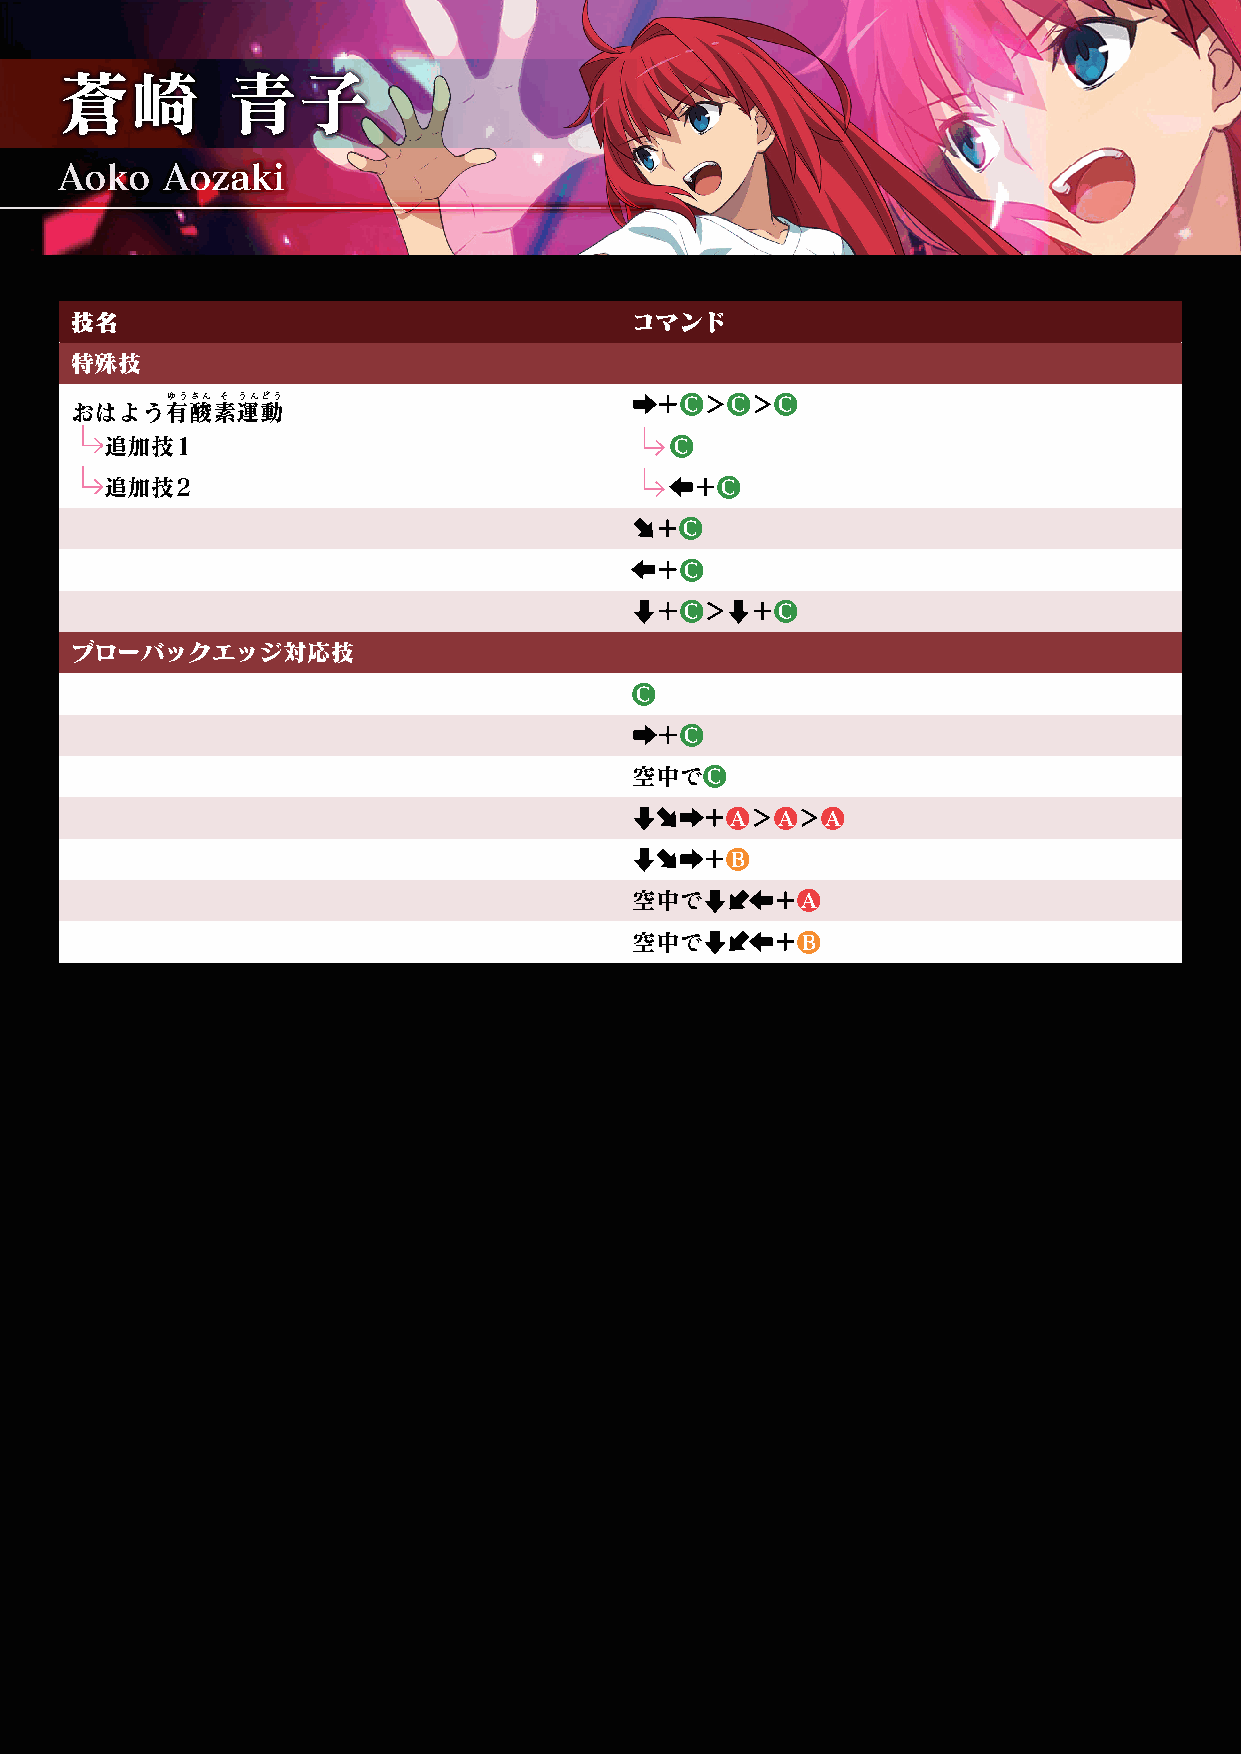
蒼崎         青子
 AAAoookkkooo AAAooozzzaaakkkiii
 技名                                   コマンド
 特殊技
 ゆうさん そ うんどう                    ➡➡＋＋●C＞＞●C＞＞●C
 おはよう有酸素運動
 追加技1                                 ●C
 追加技2                                 ➡➡＋＋●C
 ➡➡ ＋＋●C
 ➡➡＋＋●C
 ➡➡＋＋●C＞＞➡➡＋＋●C
 ブローバックエッジ対応技
 ●C
 ➡➡＋＋●C
 空中で●C
 ➡➡ ➡➡ ➡➡＋＋●A＞＞●A＞＞●A
 ➡➡ ➡➡ ➡➡＋＋●B
 空中で➡➡   ➡➡＋＋●A
 ➡➡
 空中で➡➡   ➡➡＋＋●B
 ➡➡